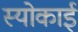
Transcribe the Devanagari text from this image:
स्योकाई